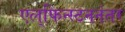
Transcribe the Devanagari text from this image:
एल्‌फिन्स्टननंतर